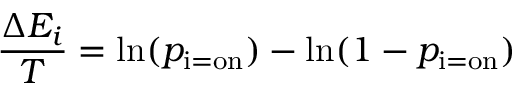
{ \frac { \Delta E _ { i } } { T } } = \ln ( p _ { \mathrm { i = o n } } ) - \ln ( 1 - p _ { \mathrm { i = o n } } )